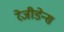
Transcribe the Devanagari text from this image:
रेजीडेन्स